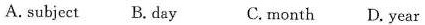
A. subject B. Day C. month D. year